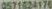
0571624176